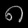
Digit: ၈